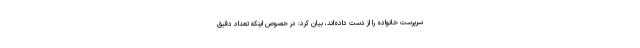
سرپرست خانواده را از دست داده‌اند، بیان کرد: در خصوص اینکه تعداد دقیق